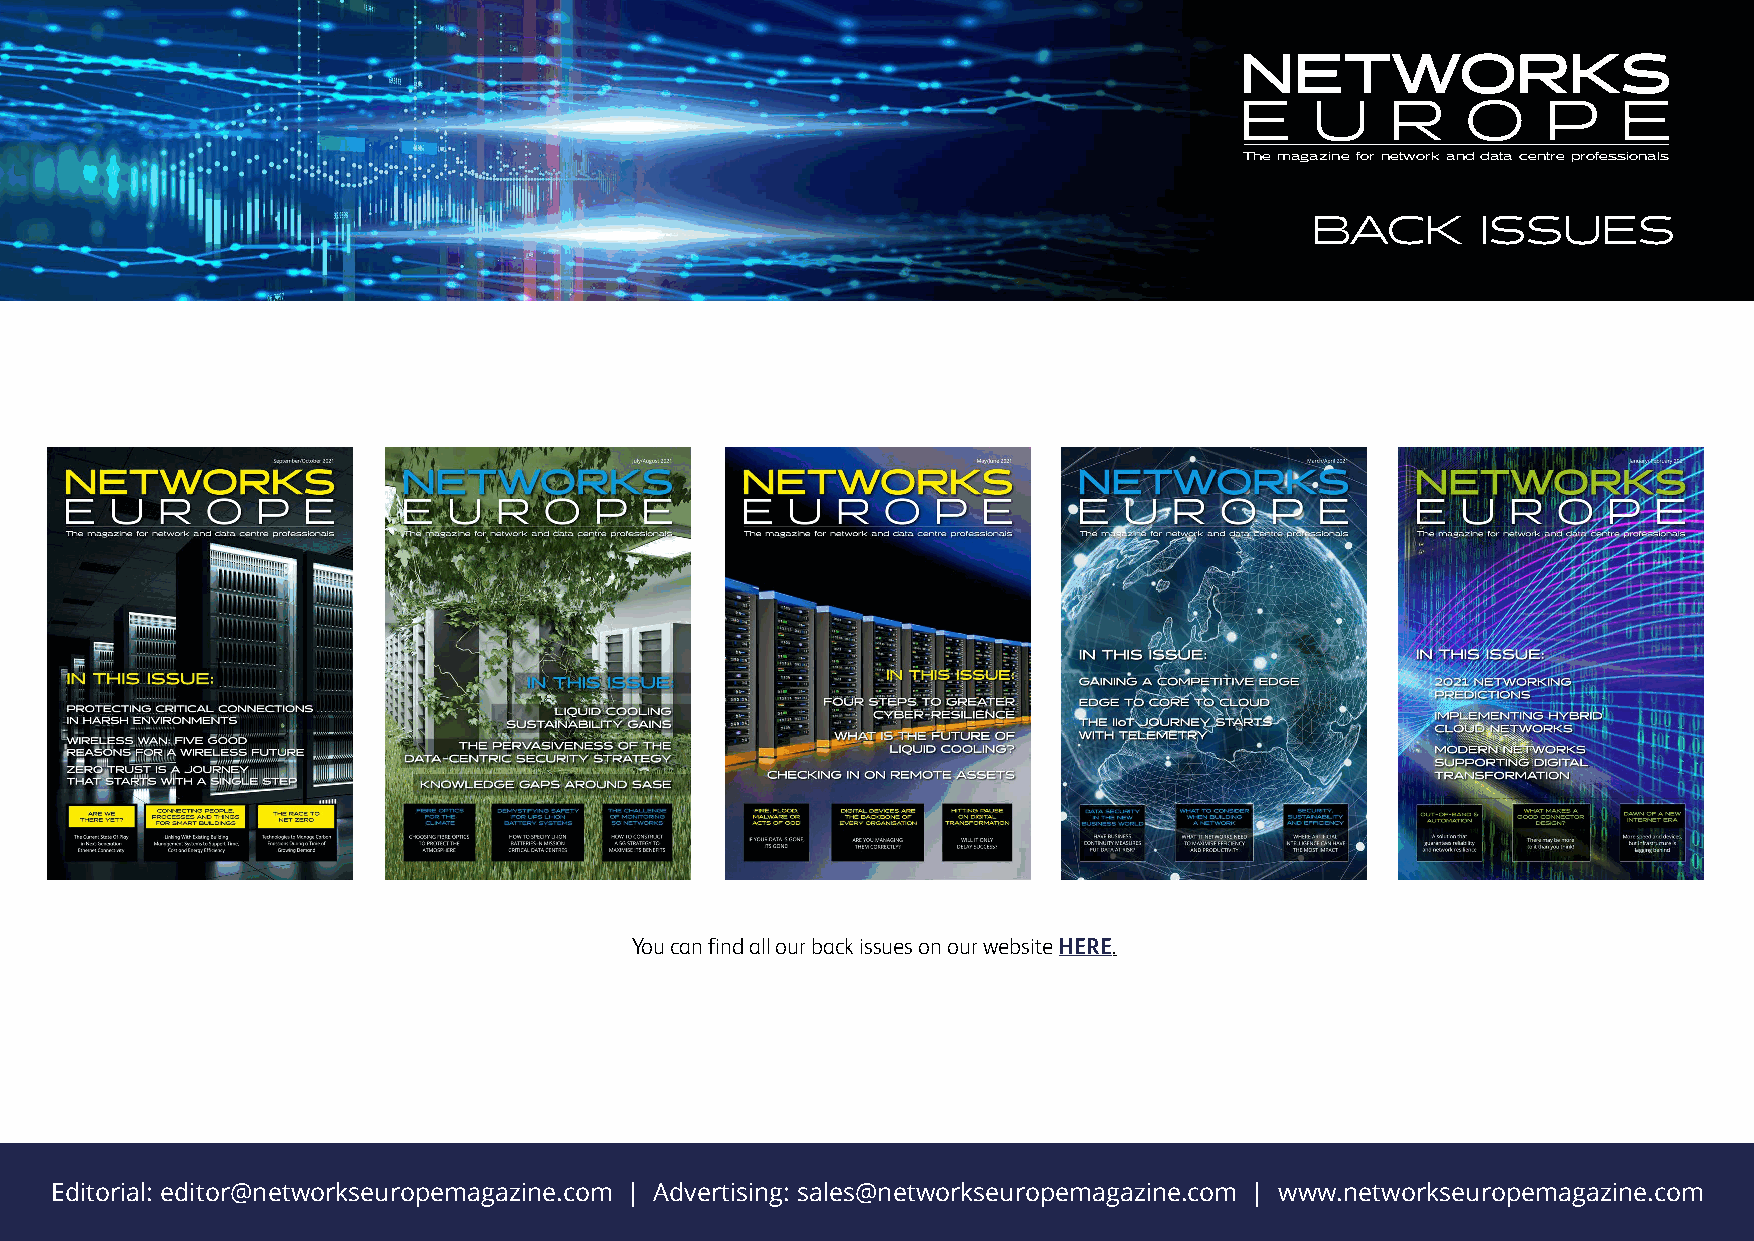
NETWORKS
 E    U    R    O    P    E
 The magazine for network and data centre professionals
 BACK       ISSUES
 You can find all our back issues on our website HERE.
 Editorial: editor@networkseuropemagazine.com | Advertising: sales@networkseuropemagazine.com | www.networkseuropemagazine.com